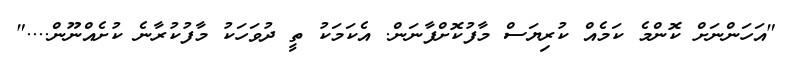
"އަހަންނަށް ކޮންމެ ކަމެއް ކުރިޔަސް މާފުކޮށްފާނަން. އެކަމަކު ތީ ދުވަހަކު މާފުކުރާނެ ކުށެއްނޫން...."